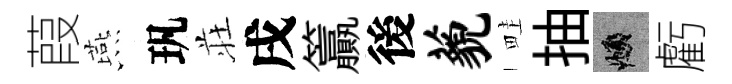
葭燕㺬荘戌籯後藐畦抽頫虧